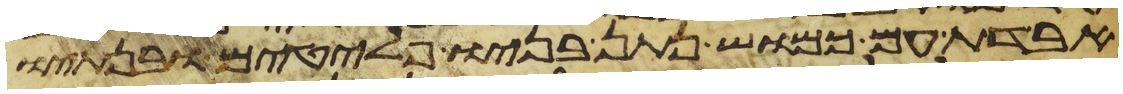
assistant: אבדת עם כמוש נתן בניו פלטים ובנתיו